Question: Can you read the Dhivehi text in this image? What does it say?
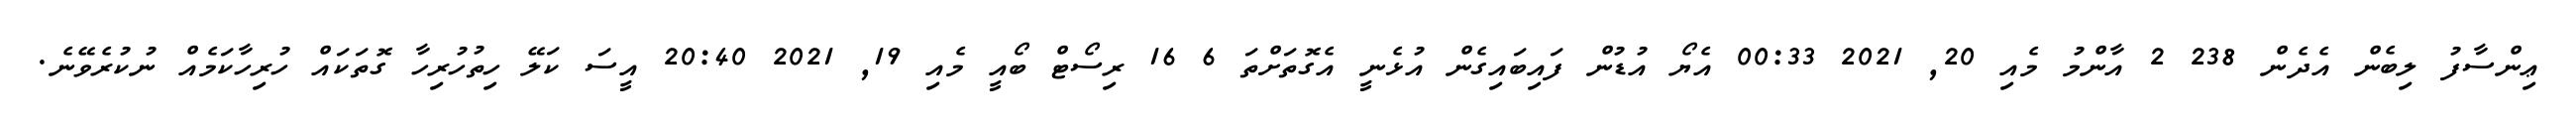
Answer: ޢިންސާފު ލިބެން އެދެން 238 2 އާންމު މެއި 20, 2021 00:33 އެޔޯ އުޑުން ފައިބައިގެން އުޅެނީ އެގޮތަށްތަ 6 16 ރިސޯޓް ބޯއީ މެއި 19, 2021 20:40 އީސަ ކަލޭ ހިތުހުރިހާ ގޮތަކައް ހުރިހާކަމެއް ނުކުރެވޭނެ.